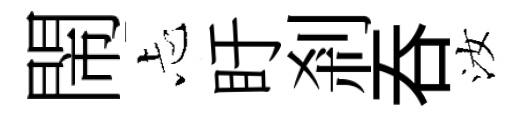
閙忐盱剎呑汝